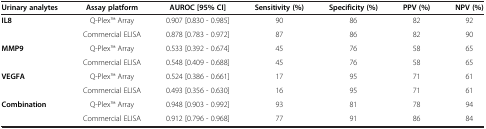
<table><thead><tr><td><b>Urinary analytes</b></td><td><b>Assay platform</b></td><td><b>AUROC [95% CI]</b></td><td><b>Sensitivity (%)</b></td><td><b>Specificity (%)</b></td><td><b>PPV (%)</b></td><td><b>NPV (%)</b></td></tr></thead><tbody><tr><td><b>IL8</b></td><td>Q-PlexTM Array</td><td>0.907 [0.830 - 0.985]</td><td>90</td><td>86</td><td>82</td><td>92</td></tr><tr><td> </td><td>Commercial ELISA</td><td>0.878 [0.783 - 0.972]</td><td>87</td><td>86</td><td>82</td><td>90</td></tr><tr><td><b>MMP9</b></td><td>Q-PlexTM Array</td><td>0.533 [0.392 - 0.674]</td><td>45</td><td>76</td><td>58</td><td>65</td></tr><tr><td> </td><td>Commercial ELISA</td><td>0.548 [0.409 - 0.688]</td><td>45</td><td>76</td><td>58</td><td>65</td></tr><tr><td><b>VEGFA</b></td><td>Q-PlexTM Array</td><td>0.524 [0.386 - 0.661]</td><td>17</td><td>95</td><td>71</td><td>61</td></tr><tr><td> </td><td>Commercial ELISA</td><td>0.493 [0.356 - 0.630]</td><td>16</td><td>95</td><td>71</td><td>61</td></tr><tr><td><b>Combination</b></td><td>Q-PlexTM Array</td><td>0.948 [0.903 - 0.992]</td><td>93</td><td>81</td><td>78</td><td>94</td></tr><tr><td> </td><td>Commercial ELISA</td><td>0.912 [0.796 - 0.968]</td><td>77</td><td>91</td><td>86</td><td>84</td></tr></tbody></table>